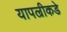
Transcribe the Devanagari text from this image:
यापल्रीकडे